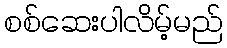
စစ်ဆေးပါလိမ့်မည်